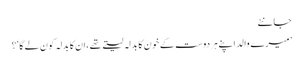
جانئے
’میرے والد اپنے ہردوست کے خون کا بدلہ لیتے تھے ،ان کا بدلہ کون لے گا‘؟